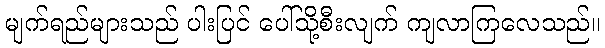
မျက်ရည်များသည် ပါးပြင် ပေါ်သို့စီးလျက် ကျလာကြလေသည်။